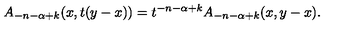
A _ { - n - \alpha + k } ( x , t ( y - x ) ) = t ^ { - n - \alpha + k } A _ { - n - \alpha + k } ( x , y - x ) .